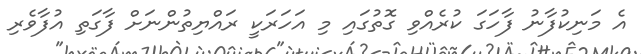
އެ މަނިކުފާނު ފާހަގަ ކުރެއްވި ގޮތުގައި މި އަހަރަކީ ރައްޔިތުންނަށް ފާގަތި އުފާވެރި